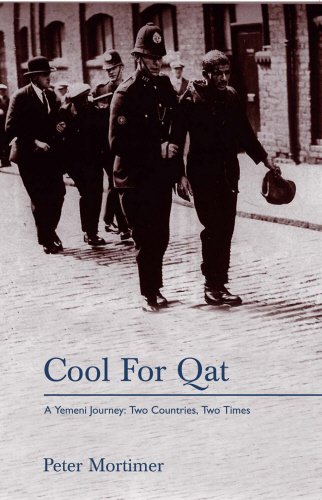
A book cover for Cool for Qat: A Yemeni Journey: Two Countries, Two Times; Peter Mortimer; Travel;